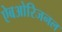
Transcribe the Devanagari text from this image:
ऐबओरिजनल